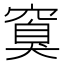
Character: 𬔏